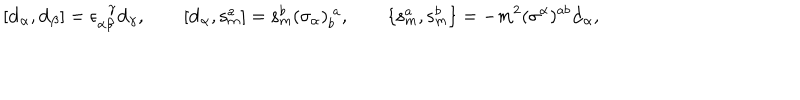
[ \mathbf { d } _ { \alpha } , \mathbf { d } _ { \beta } ] = \epsilon _ { \alpha \beta } ^ { \! \gamma } \mathbf { d } _ { \gamma } , \qquad [ \mathbf { d } _ { \alpha } , \mathbf { s } _ { m } ^ { a } ] = \mathbf { s } _ { m } ^ { b } ( \sigma _ { \alpha } ) _ { b } ^ { ~ a } , \qquad \{ \mathbf { s } _ { m } ^ { a } , \mathbf { s } _ { m } ^ { b } \} = - m ^ { 2 } ( \sigma ^ { \alpha } ) ^ { a b } \mathbf { d } _ { \alpha } ,